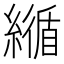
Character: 𦅑